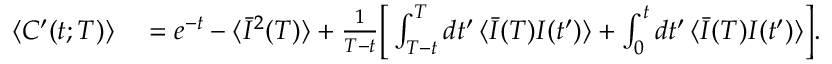
\begin{array} { r l } { \langle C ^ { \prime } ( t ; T ) \rangle } & { { } = e ^ { - t } - \langle \bar { I } ^ { 2 } ( T ) \rangle + \frac { 1 } { T - t } \bigg [ \int _ { T - t } ^ { T } d t ^ { \prime } \, \langle \bar { I } ( T ) I ( t ^ { \prime } ) \rangle + \int _ { 0 } ^ { t } d t ^ { \prime } \, \langle \bar { I } ( T ) I ( t ^ { \prime } ) \rangle \bigg ] . } \end{array}